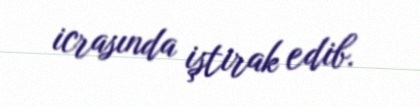
icrasında iştirak edib.